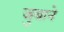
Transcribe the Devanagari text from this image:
जुबाने